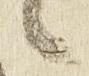
候